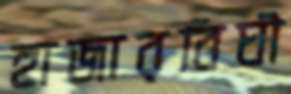
হাজারবিঘী